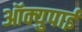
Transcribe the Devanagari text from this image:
ऑक्युपाई